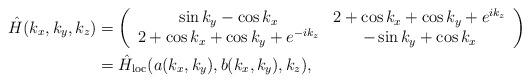
LaTeX: \begin{align*}\hat{H}(k_x, k_y, k_z)&=\left(\begin{array}{cc}\sin k_y - \cos k_x & 2 + \cos k_x + \cos k_y + e^{ik_z} \\2 + \cos k_x + \cos k_y + e^{-ik_z} & - \sin k_y + \cos k_x\end{array}\right) \\&=\hat{H}_{\mathrm{loc}}(a(k_x, k_y), b(k_x, k_y), k_z),\end{align*}